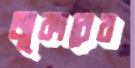
জুকারের